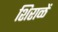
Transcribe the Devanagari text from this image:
शिराळें